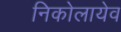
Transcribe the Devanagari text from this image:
निकोलायेव